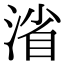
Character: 渻